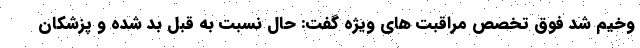
وخیم شد فوق تخصص مراقبت های ویژه گفت: حال نسبت به قبل بد شده و پزشکان